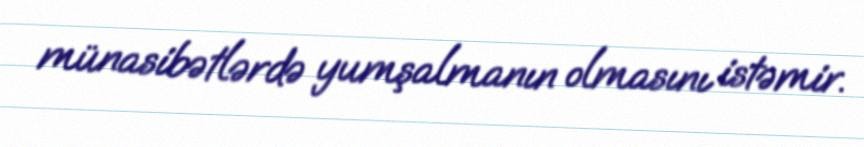
münasibətlərdə yumşalmanın olmasını istəmir.